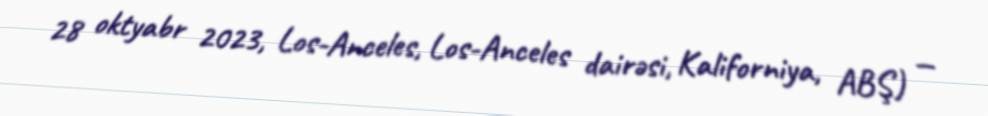
28 oktyabr 2023, Los-Anceles, Los-Anceles dairəsi, Kaliforniya, ABŞ) —